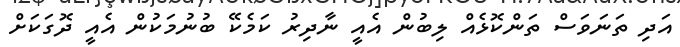
އަދި ތަނަވަސް ތަންކޮޅެއް ލިބުން އެއީ ނާދިރު ކަމެކޭ ބުނުމަކުން އެއީ ދޮގަކަށް